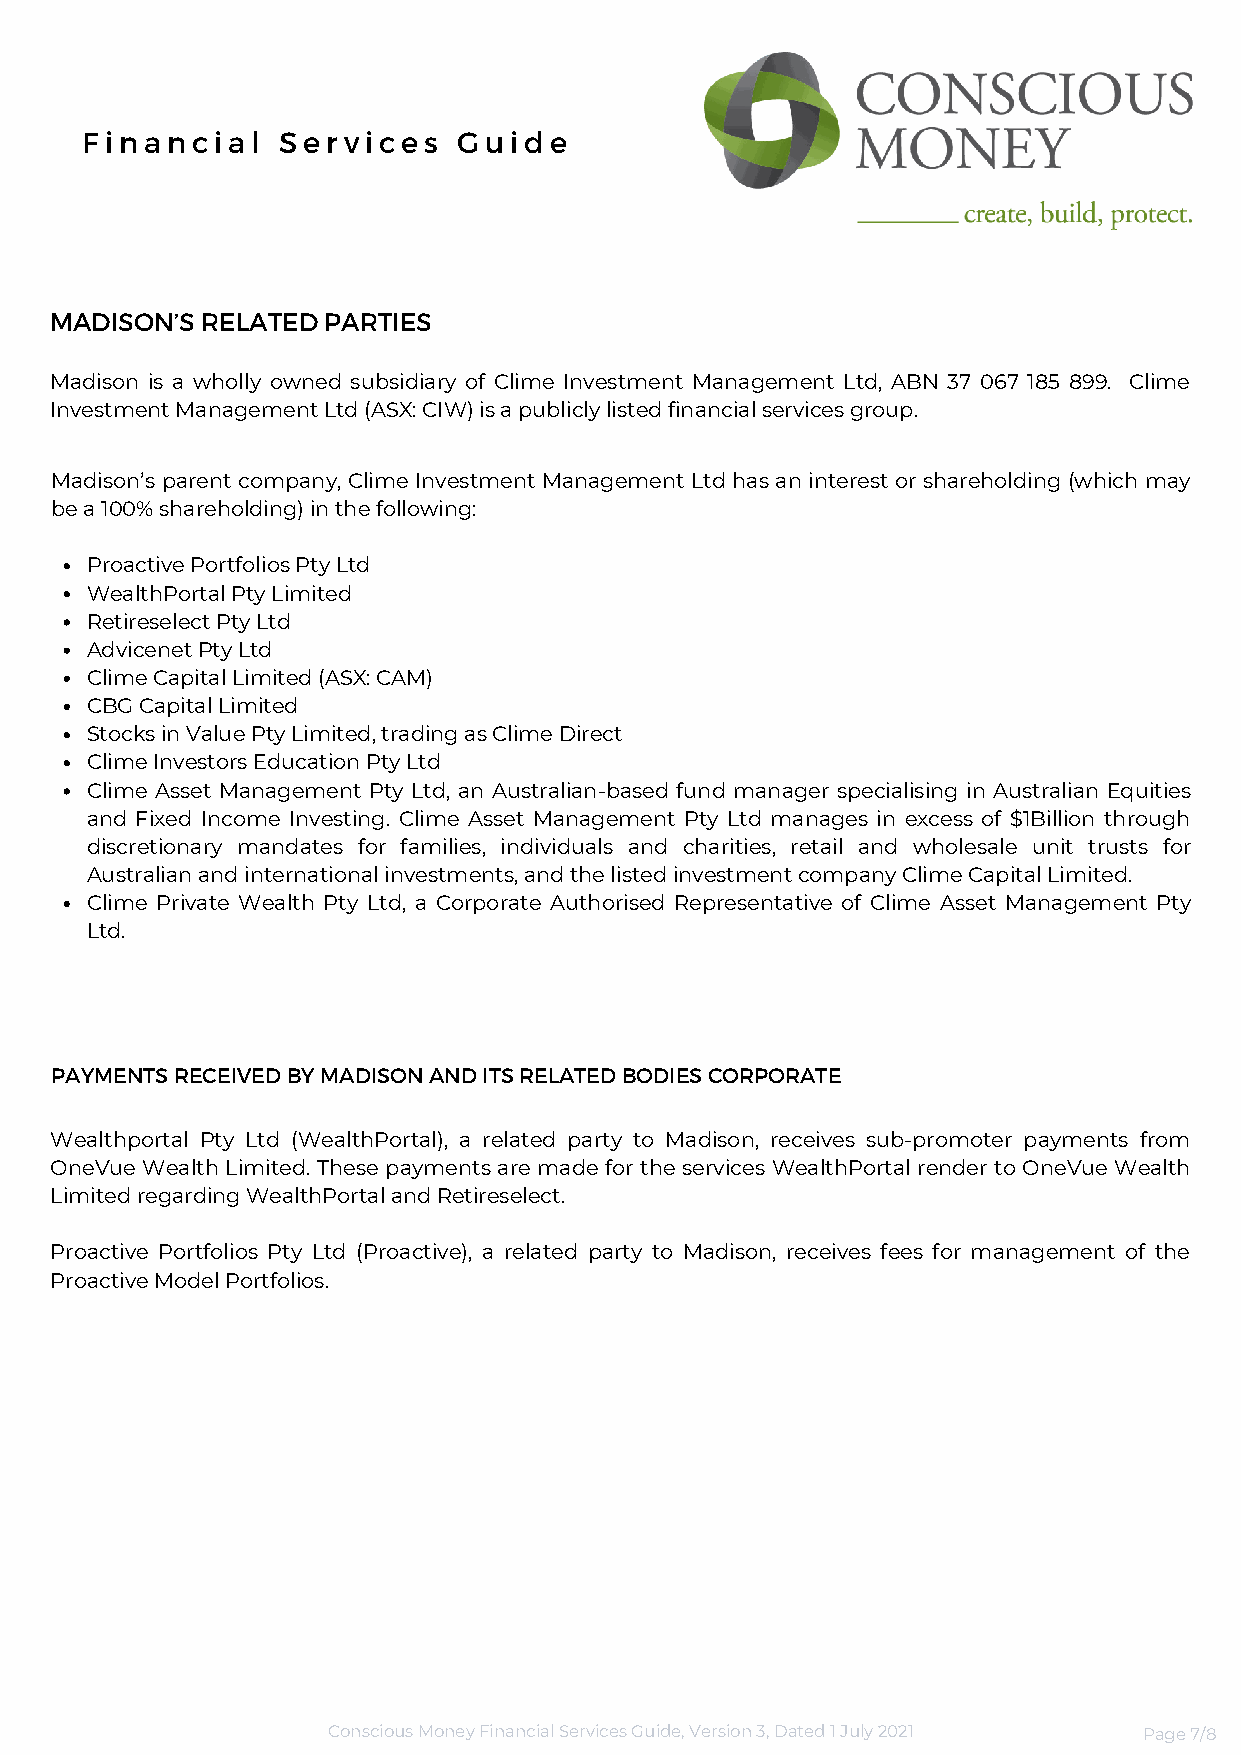
Financial    Services    Guide
 MADISON’S RELATED PARTIES
 Madison is a wholly owned subsidiary of Clime Investment Management Ltd, ABN 37 067 185 899. Clime
 Investment Management Ltd (ASX: CIW) is a publicly listed financial services group.
 Madison’s parent company, Clime Investment Management Ltd has an interest or shareholding (which may
 be a 100% shareholding) in the following:
 Proactive Portfolios Pty Ltd
 WealthPortal Pty Limited
 Retireselect Pty Ltd
 Advicenet Pty Ltd
 Clime Capital Limited (ASX: CAM)
 CBG Capital Limited
 Stocks in Value Pty Limited, trading as Clime Direct
 Clime Investors Education Pty Ltd
 Clime Asset Management Pty Ltd, an Australian-based fund manager specialising in Australian Equities
 and Fixed Income Investing. Clime Asset Management Pty Ltd manages in excess of $1Billion through
 discretionary mandates for families, individuals and charities, retail and wholesale unit trusts for
 Australian and international investments, and the listed investment company Clime Capital Limited.
 Clime Private Wealth Pty Ltd, a Corporate Authorised Representative of Clime Asset Management Pty
 Ltd.
 PAYMENTS RECEIVED BY MADISON AND ITS RELATED BODIES CORPORATE
 Wealthportal Pty Ltd (WealthPortal), a related party to Madison, receives sub-promoter payments from
 OneVue Wealth Limited. These payments are made for the services WealthPortal render to OneVue Wealth
 Limited regarding WealthPortal and Retireselect.
 Proactive Portfolios Pty Ltd (Proactive), a related party to Madison, receives fees for management of the
 Proactive Model Portfolios.
 Conscious Money Financial Services Guide, Version 3, Dated 1 July 2021 Page 7/8